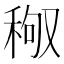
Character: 䅓